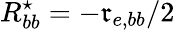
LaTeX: R_{bb}^{\star}=-\mathfrak{r}_{e,bb}/2